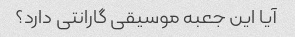
آیا این جعبه موسیقی گارانتی دارد؟